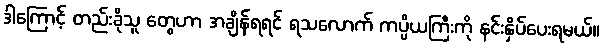
ဒါကြောင့် တည်းခိုသူ တွေဟာ အချိန်ရရင် ရသလောက် ကပ္ပိယကြီးကို နင်းနှိပ်ပေးရမယ်။